Lunatic asylums Punjab 1881-1894 - 1881-1894
Year: 1881
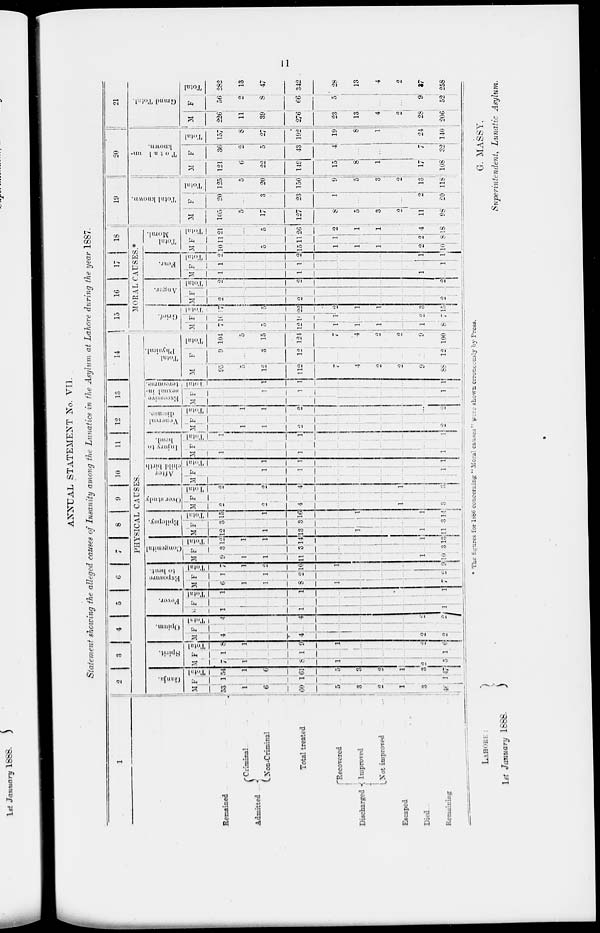
11
ANNUAL STATEMENT No. VII.
Statement showing the alleged causes of Insanity among the Lunatics in the Asylum at Lahore during the year 1887.
1
Remained
Admitted ...
Criminal.
Non-Criminal
Total treated
Discharged
Recovered
Improved
Not improved
Escaped
Died...
Remaining
2
3
4
5
6
7
8
9
10
11
12
13
14
PHYSICAL CAUSES.
Ganja.
M
53
1
6
60
5
3
2
1
3
46
F
1
...
...
1
...
...
..
..
...
1
Total
54
1
6
61
5
3
2
1
3
47
Spirit.
M
7
1
...
8
1
...
...
...
2
5
F
1
...
...
1
...
...
...
...
...
1
Total
8
1
...
9
1
...
...
...
2
6
Opium.
M
4
...
...
4
...
...
...
...
2
2
F
...
...
...
...
...
...
...
...
...
...
Total
4
...
...
4
...
...
...
...
2
2
Fever.
M
1
...
...
1
...
...
...
...
...
1
F
...
...
...
...
...
...
...
...
...
...
Total
1
...
...
1
...
...
...
...
...
1
Exposure
to heat.
M
6
1
1
8
1
...
...
...
...
7
F
1
...
1
2
...
...
...
...
...
2
Total
7
1
2
10
1
...
...
...
...
9
Congenital
M
9
1
1
11
...
...
...
...
1
10
F
3
...
...
3
...
...
...
...
...
3
Total
12
1
1
14
...
...
...
...
1
13
Epilupay.
M
12
...
1
13
...
1
...
...
1
11
F
3
...
...
3
...
...
...
...
...
3
Total
15
...
1
16
...
1
...
...
1
14
Over study
M
2
...
2
4
...
...
...
1
...
3
F
...
...
...
...
...
...
...
...
...
...
Total
2
...
2
4
...
...
...
1
...
3
After
child birth
M
...
...
...
...
...
...
...
...
...
...
F
...
...
...
1
...
...
...
...
...
1
Total
...
...
...
1
...
...
...
...
...
1
Injury to
head.
M
1
...
...
1
...
...
...
...
...
1
F
...
...
...
...
...
...
...
...
...
...
Total
1
...
...
1
...
...
...
...
...
1
Vonereal
disease.
M
...
1
1
2
...
...
...
...
...
2
F
...
...
...
...
...
...
...
...
...
...
Total
...
1
1
2
...
...
...
...
...
2
Excessive
sexual in-
toreourse.
M
...
...
...
...
...
...
...
...
...
...
F
...
...
1
1
...
...
...
...
...
1
Total
...
...
1
1
...
...
...
...
...
1
Total
Physical.
M
95
5
15
112
7
4
2
2
9
88
F
9
...
3
12
...
...
...
...
...
12
Total
104
5
15
124
7
4
2
2
9
100
15
16
17
18
MORAL
CAUSES.*
Grief.
M
7
...
5
12
1
1
1
...
1
8
F
10
...
...
10
1
...
...
...
2
7
Total
17
...
5
22
2
1
1
...
3
15
Anger.
M
2
...
...
2
...
...
...
...
...
2
F
...
...
...
...
...
...
...
...
...
...
Total
2
...
...
2
...
...
...
...
...
2
Fear.
M
1
...
...
1
...
...
...
...
1
...
F
1
...
...
1
...
...
...
...
...
1
Total
2
...
...
2
...
...
...
...
1
1
Total
Moral.
M
10
...
5
15
1
1
1
...
2
10
F
11
...
...
11
1
...
...
...
2
8
Total
2l
...
5
26
2
1
1
...
4
18
19
Total known.
M
105
5
17
127
8
5
3
2
11
98
F
20
...
3
23
1
...
...
...
2
20
Total
125
5
20
150
9
5
3
2
13
118
20
Tota1 un-
known.
M
121
6
22
149
15
8
1
...
17
108
F
36
9
5
43
4
...
...
...
7
32
Total
157
8
27
192
19
8
1
...
24
140
21
Grand Total.
M
226
11
39
276
23
13
4
2
28
206
F
56
2
8
66
5
...
...
...
9
52
Total
282
13
47
342
28
13
4
2
37
258
* The figures for 1886 concerning " Moral causes " were shown erroneously by Press.
LAHORE:
1st January 1888.
G. MASSY,
Superintendent, Lunatic Asylum.